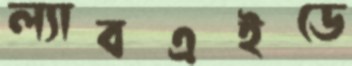
ল্যাবএইডে